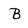
Character: B